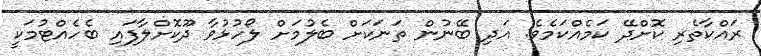
ރައްކާތެރި ކޮށްދޭ ކަމެއްކަމެވެ. އަދި ބޭނުން ތަނަކަށް ބެލުމަށް ލޯހުޅުވާ ދޫކޮށްލާފައި ބެހެއްޓުމަކީ